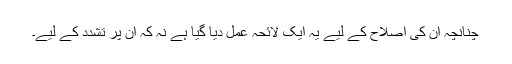
چنانچہ ان کی اصلاح کے لیے یہ ایک لائحہ عمل دیا گیا ہے نہ کہ ان پر تشدد کے لیے۔